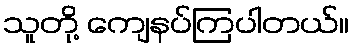
သူတို့ ကျေနပ်ကြပါတယ်။